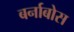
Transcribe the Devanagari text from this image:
बर्नाबोस